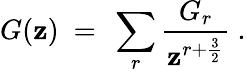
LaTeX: G(\mathbf{z})\ =\ \sum_{r}{\frac{{G_{r}}}{{\mathbf{z}^{r+{\frac{{3}}{{2}}}}}}}\ .